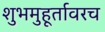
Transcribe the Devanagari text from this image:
शुभमुहूर्तावरच